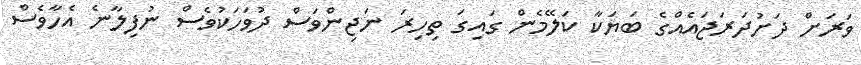
ވަރަށް ދަށުދަރަޖައެއްގެ ބަޔަކާ ކަލޭމެން ގައިގަ ތިހިރަ ނަޖިންވަސް ދުވަހަކުވެސް ނުފިލާނެ އެހާވެސް